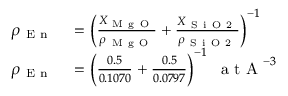
\begin{array} { r l } { \rho _ { \mathrm { ~ E ~ n ~ } } } & { { } = \left( \frac { X _ { \mathrm { ~ M ~ g ~ O ~ } } } { \rho _ { \mathrm { ~ M ~ g ~ O ~ } } } + \frac { X _ { \mathrm { ~ S ~ i ~ O ~ 2 ~ } } } { \rho _ { \mathrm { ~ S ~ i ~ O ~ 2 ~ } } } \right) ^ { - 1 } } \\ { \rho _ { \mathrm { ~ E ~ n ~ } } } & { { } = \left( \frac { 0 . 5 } { 0 . 1 0 7 0 } + \frac { 0 . 5 } { 0 . 0 7 9 7 } \right) ^ { - 1 } \; \mathrm { ~ a ~ t ~ A ~ } ^ { - 3 } } \end{array}